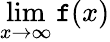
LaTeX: \operatorname*{lim}_{x\to\infty}\mathtt{f}(x)